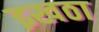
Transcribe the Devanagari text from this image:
इखठा